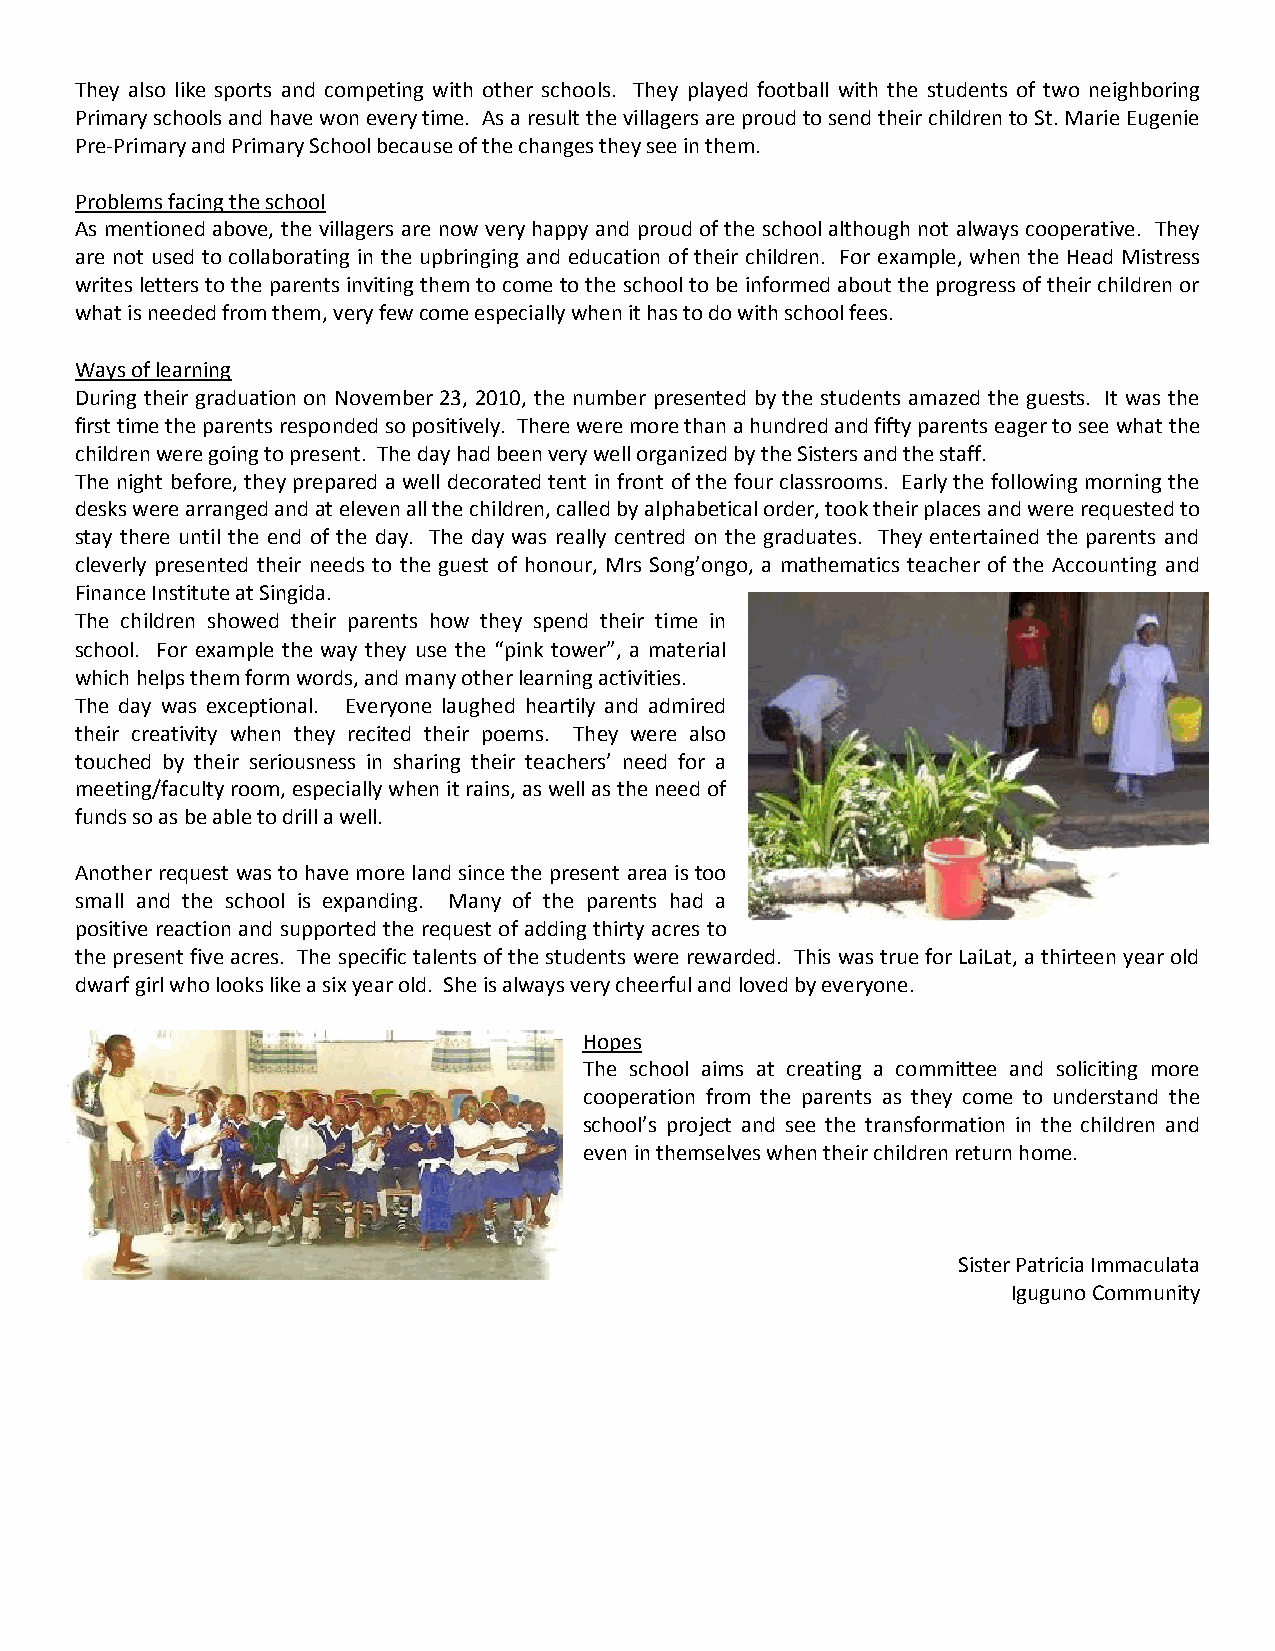
They also like sports and competing with other schools. They played football with the students of two neighboring
 Primary schools and have won every time. As a result the villagers are proud to send their children to St. Marie Eugenie
 Pre-Primary and Primary School because of the changes they see in them.
 Problems facing the school
 As mentioned above, the villagers are now very happy and proud of the school although not always cooperative. They
 are not used to collaborating in the upbringing and education of their children. For example, when the Head Mistress
 writes letters to the parents inviting them to come to the school to be informed about the progress of their children or
 what is needed from them, very few come especially when it has to do with school fees.
 Ways of learning
 During their graduation on November 23, 2010, the number presented by the students amazed the guests. It was the
 first time the parents responded so positively. There were more than a hundred and fifty parents eager to see what the
 children were going to present. The day had been very well organized by the Sisters and the staff.
 The night before, they prepared a well decorated tent in front of the four classrooms. Early the following morning the
 desks were arranged and at eleven all the children, called by alphabetical order, took their places and were requested to
 stay there until the end of the day. The day was really centred on the graduates. They entertained the parents and
 cleverly presented their needs to the guest of honour, Mrs Song’ongo, a mathematics teacher of the Accounting and
 Finance Institute at Singida.
 The children showed their parents how they spend their time in
 school. For example the way they use the “pink tower”, a material
 which helps them form words, and many other learning activities.
 The day was exceptional. Everyone laughed heartily and admired
 their creativity when they recited their poems. They were also
 touched by their seriousness in sharing their teachers’ need for a
 meeting/faculty room, especially when it rains, as well as the need of
 funds so as be able to drill a well.
 Another request was to have more land since the present area is too
 small and the school is expanding. Many of the parents had a
 positive reaction and supported the request of adding thirty acres to
 the present five acres. The specific talents of the students were rewarded. This was true for LaiLat, a thirteen year old
 dwarf girl who looks like a six year old. She is always very cheerful and loved by everyone.
 Hopes
 The school aims at creating a committee and soliciting more
 cooperation from the parents as they come to understand the
 school’s project and see the transformation in the children and
 even in themselves when their children return home.
 Sister Patricia Immaculata
 Iguguno Community